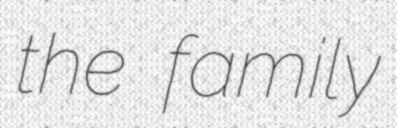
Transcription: the family